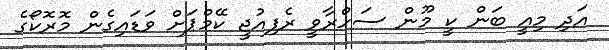
އަދި މިއީ ބަން ކީ މޫން ސަހްރާވީ ރެފިއުޖީ ކޭމްޕަށް ވަޑައިގެން މޮރޮކޯގެ